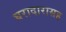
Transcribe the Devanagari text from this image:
घरादारासह